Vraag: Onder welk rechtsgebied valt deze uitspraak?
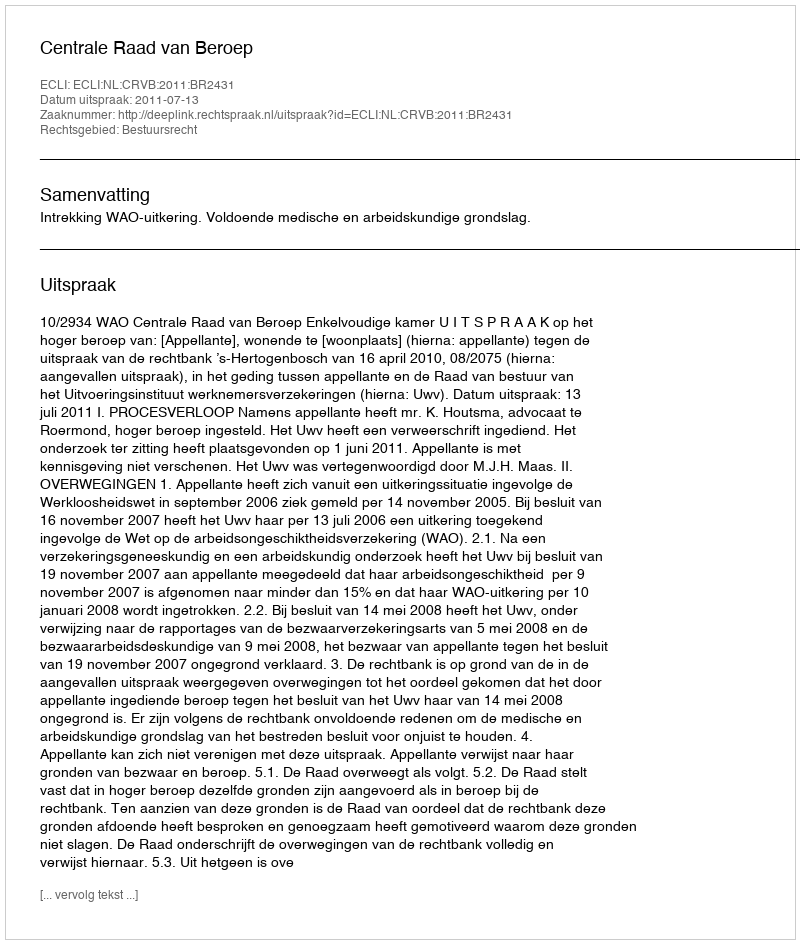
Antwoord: Bestuursrecht